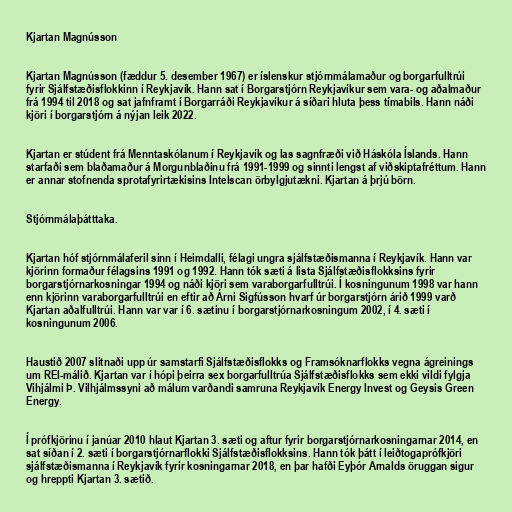
Kjartan Magnússon

Kjartan Magnússon (fæddur 5. desember 1967) er íslenskur stjórnmálamaður og borgarfulltrúi
fyrir Sjálfstæðisflokkinn í Reykjavík. Hann sat í Borgarstjórn Reykjavíkur sem vara- og aðalmaður
frá 1994 til 2018 og sat jafnframt í Borgarráði Reykjavíkur á síðari hluta þess tímabils. Hann náði
kjöri í borgarstjórn á nýjan leik 2022.

Kjartan er stúdent frá Menntaskólanum í Reykjavík og las sagnfræði við Háskóla Íslands. Hann
starfaði sem blaðamaður á Morgunblaðinu frá 1991-1999 og sinnti lengst af viðskiptafréttum. Hann
er annar stofnenda sprotafyrirtækisins Intelscan örbylgjutækni. Kjartan á þrjú börn.

Stjórnmálaþátttaka.

Kjartan hóf stjórnmálaferil sinn í Heimdalli, félagi ungra sjálfstæðismanna í Reykjavík. Hann var
kjörinn formaður félagsins 1991 og 1992. Hann tók sæti á lista Sjálfstæðisflokksins fyrir
borgarstjórnarkosningar 1994 og náði kjöri sem varaborgarfulltrúi. Í kosningunum 1998 var hann
enn kjörinn varaborgarfulltrúi en eftir að Árni Sigfússon hvarf úr borgarstjórn árið 1999 varð
Kjartan aðalfulltrúi. Hann var var í 6. sætinu í borgarstjórnarkosningum 2002, í 4. sæti í
kosningunum 2006.

Haustið 2007 slitnaði upp úr samstarfi Sjálfstæðisflokks og Framsóknarflokks vegna ágreinings
um REI-málið. Kjartan var í hópi þeirra sex borgarfulltrúa Sjálfstæðisflokks sem ekki vildi fylgja
Vihjálmi Þ. Vilhjálmssyni að málum varðandi samruna Reykjavík Energy Invest og Geysis Green
Energy.

Í prófkjörinu í janúar 2010 hlaut Kjartan 3. sæti og aftur fyrir borgarstjórnarkosningarnar 2014, en
sat síðan í 2. sæti í borgarstjórnarflokki Sjálfstæðisflokksins. Hann tók þátt í leiðtogaprófkjöri
sjálfstæðismanna í Reykjavík fyrir kosningarnar 2018, en þar hafði Eyþór Arnalds öruggan sigur
og hreppti Kjartan 3. sætið.